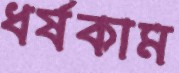
ধর্ষকাম